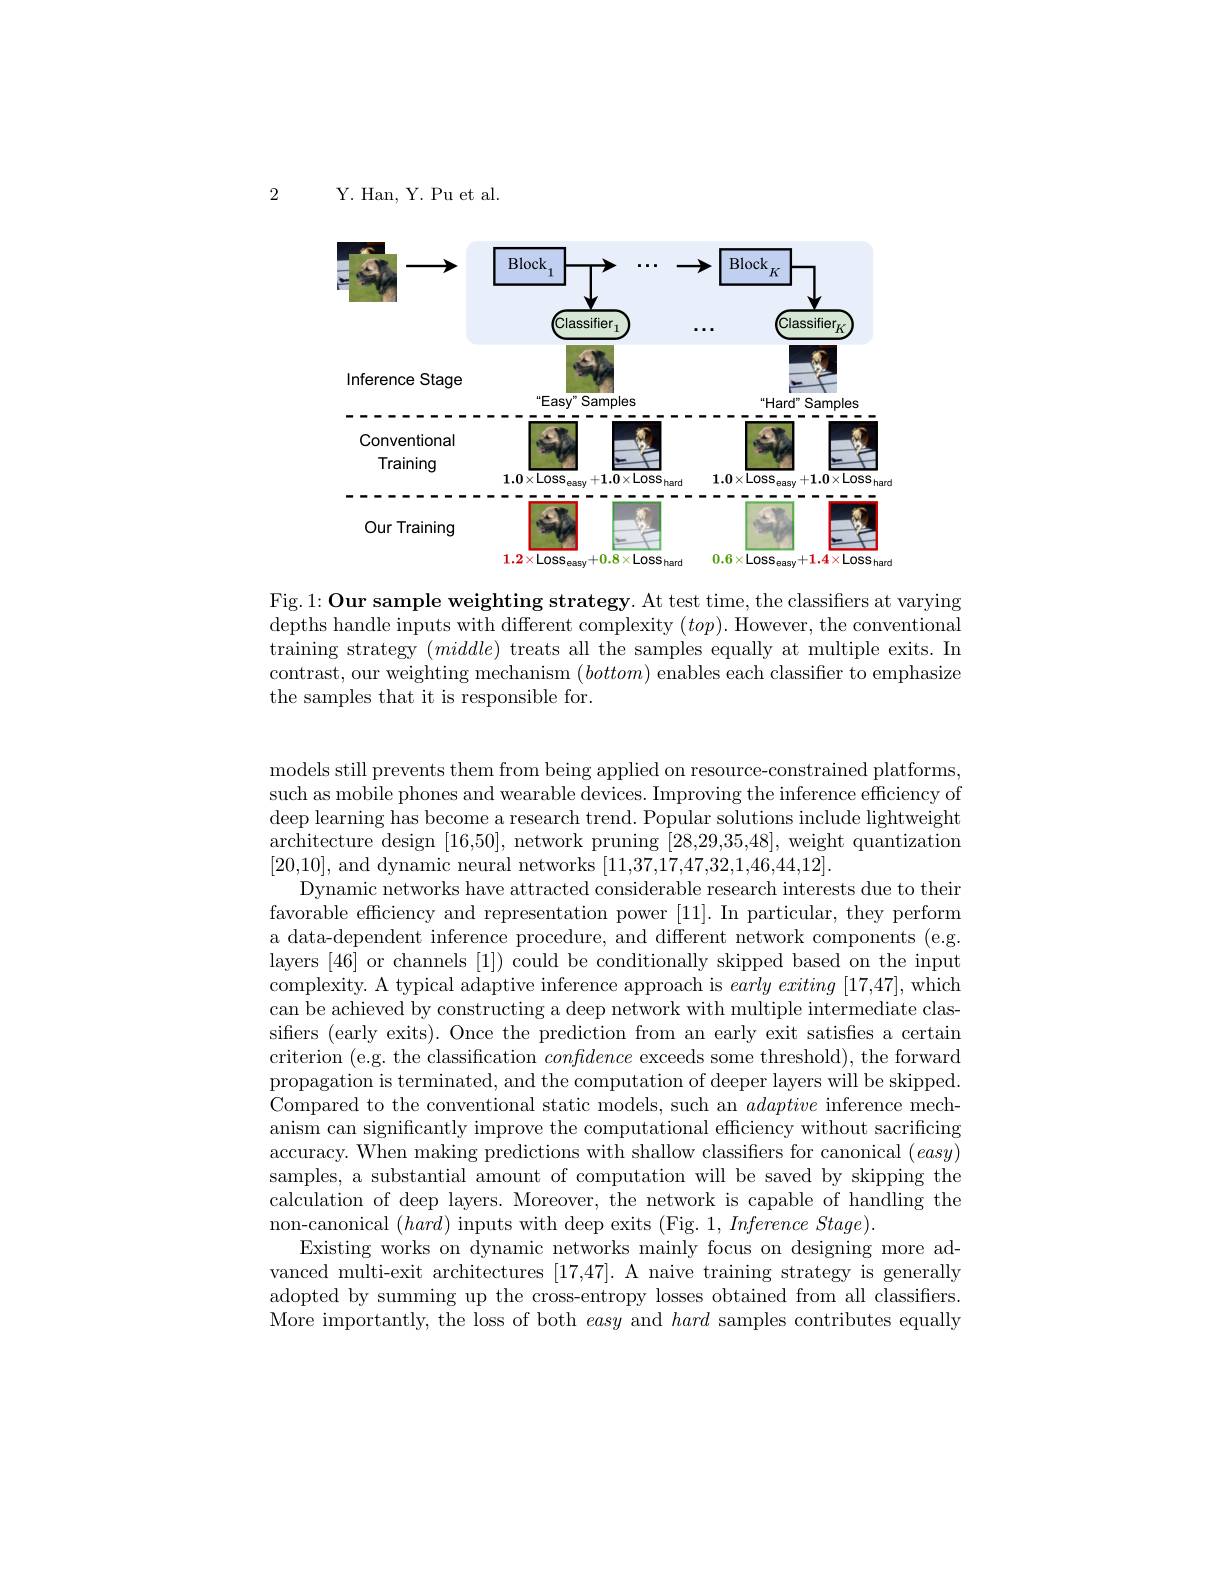
Y. Han, Y. Pu et al.

2

<FigureHere>

Fig.1: Our sample weighting strategy. At test time, the classifiers at varying depths handle inputs with different complexity $(top).$ However, the conventional training strategy $(middle)$ treats all the samples equally at multiple exits.In contrast, our weighting mechanism $(bottom)$ enables each classifier to emphasize the samples that it is responsible for.

models still prevents them from being applied on resource-constrained platforms, such as mobile phones and wearable devices. Improving the inference efficiency of deep learning has become a research trend. Popular solutions include lightweight architecture design [16,50], network pruning [28,29,35,48], weight quantization [20,10], and dynamic neural networks [11,37,17,47,32,1,46,44,12].
Dynamic networks have attracted considerable research interests due to thein favorable efficiency and representation power [11]. In particular, they perform a data-dependent inference procedure, and different network components (e.g. layers [46] or channels [1]) could be conditionally skipped based on the input complexity. A typical adaptive inference approach is $early\textit{exiting [ 17, 47] , which}$ can be achieved by constructing a deep network with multiple intermediate classifiers (early exits). Once the prediction from an early exit satisfies a certain criterion (e.g. the classification confdence exceeds some threshold), the forward propagation is terminated, and the computation of deeper layers will be skipped. Compared to the conventional static models, such an adaptive inference mech- $\bar{\text{anism can significantly improve the computational efficiency without sacrificing}}$ accuracy. When making predictions with shallow classifiers for canonical $(easy)$ samples, a substantial amount of computation will be saved by skipping the calculation of deep layers. Moreover, the network is capable of handling the non-canonical $(hard)$ inputs with deep exits (Fig. 1, Inference Stage).
Existing works on dynamic networks mainly focus on designing more advanced multi-exit architectures [17,47]. A naive training strategy is generally adopted by summing up the cross-entropy losses obtained from all classifiers More importantly, the loss of both easy and hard samples contributes equally